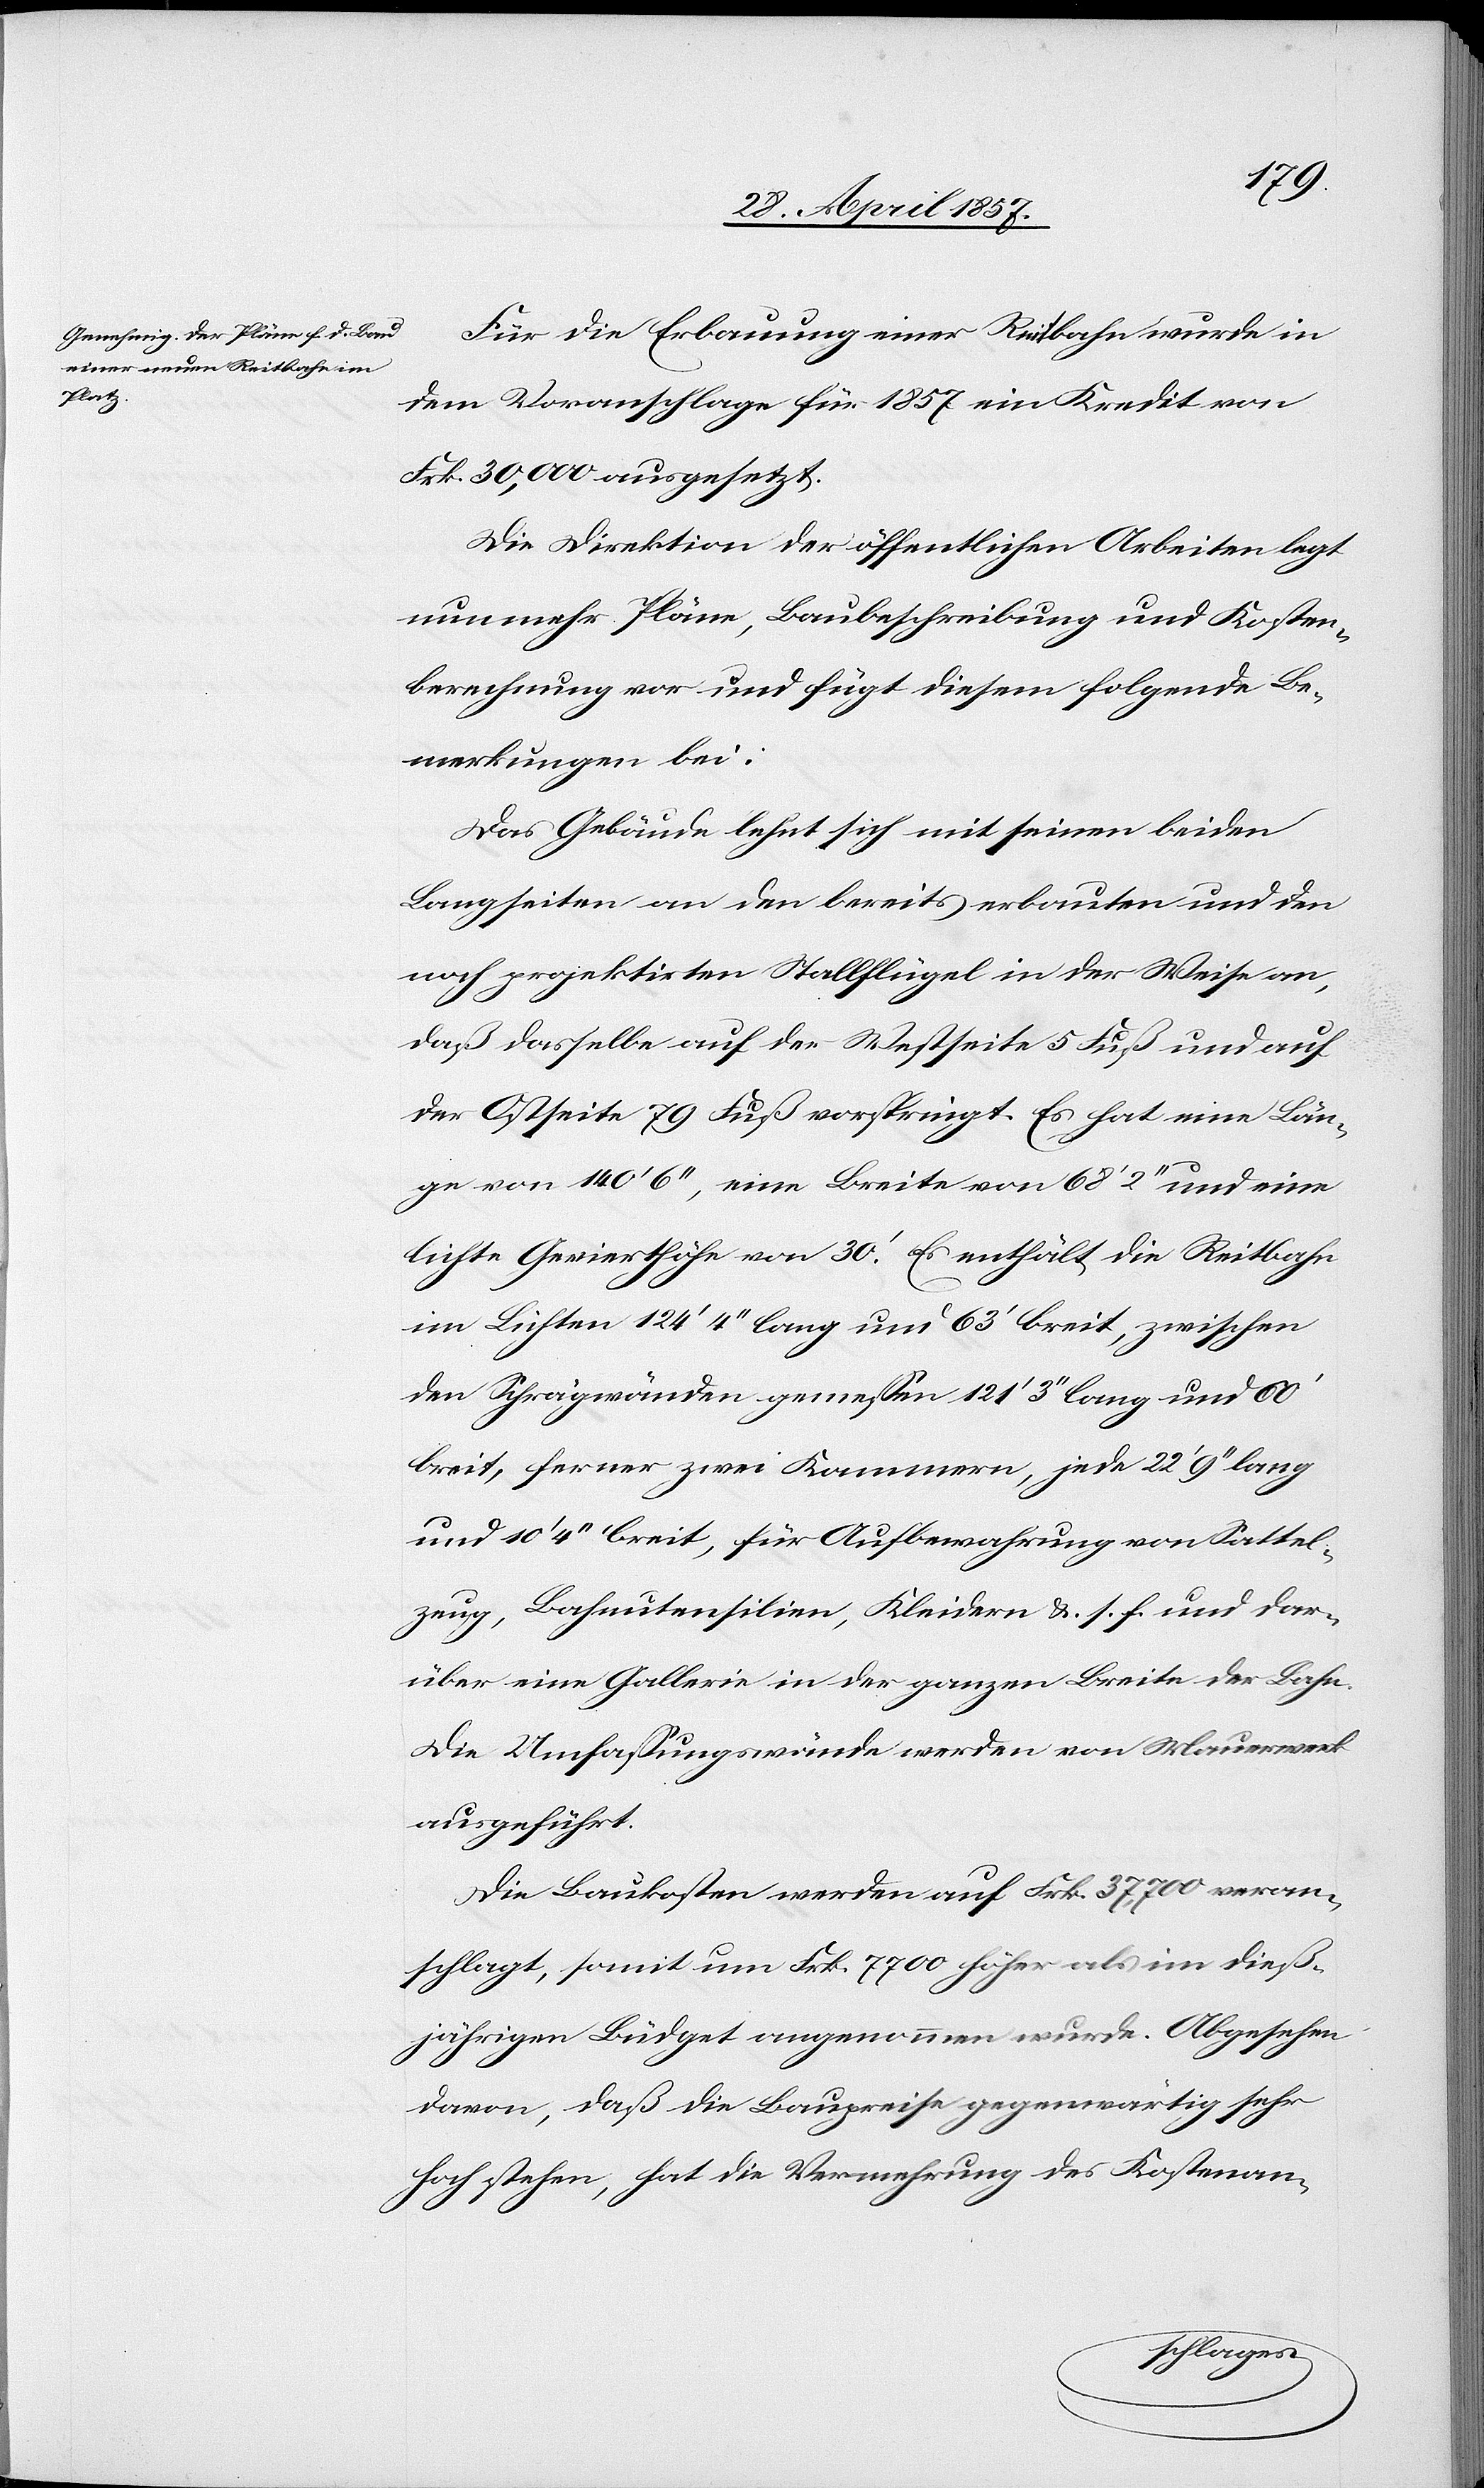
Für die Erbauung einer Reitbahn wurde in
dem Voranschlage für 1857 ein Kredit von
Frk. 30,000 ausgesetzt.
Die Direktion der öffentlichen Arbeiten legt
nunmehr Pläne, Baubeschreibung und Kosten¬
berechnung vor und fügt diesem folgende Be¬
merkungen bei:
Das Gebäude lehnt sich mit seinen beiden
Langseiten an den bereits erbauten und den
noch projektirten Stallflügel in der Weise an,
daß dasselbe auf der Westseite 5 Fuß und auf
der Ostseite 79 Fuß vorspringt. Es hat eine Län¬
ge von 140’ 6“, eine Breite von 68’ 2“ und eine
leichte Gevierthöhe von 30’. Es enthält die Reitbahn
im Lichten 124’ 4“ lang und 63’ breit, zwischen
den Schrägwänden gemeßen 121’ 3“ lang und 60’
breit, ferner zwei Kammern, jede 22’ 9“ lang
und 10’ 4“ breit, für Aufbewahrung von Sattel¬
zeug, Bahnutensilien, Kleidern &. s. f. und dar¬
über eine Gallerie in der ganzen Breite der Bahn.
Die Umfaßungswände werden von Mauerwerk
ausgeführt.
Die Baukosten werden auf Frk. 37,700 veran¬
schlagt, somit um Frk. 7700 höher als im dieß¬
jährigen Büdget angenommen wurde. Abgesehen
davon, daß die Baupreise gegenwärtig sehr
hoch stehen, hat die Vemehrung des Kostenan-